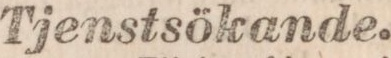
Tjenstsökande.